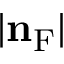
| \mathbf { n } _ { \mathrm { F } } |